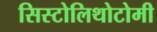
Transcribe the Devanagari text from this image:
सिस्टोलिथोटोमी